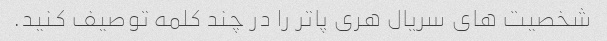
شخصیت های سریال هری پاتر را در چند کلمه توصیف کنید.